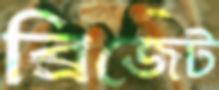
ব্রিজেট